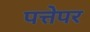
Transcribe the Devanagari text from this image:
पत्तेपर